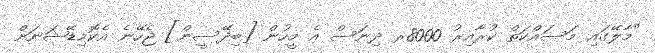
"މާލޭގައި މަސައްކަތް ކުރާއިރު 8000ރ ދިނަސް އެ މީހުން [ބިދޭސީން] ޖެހޭނެ އެކޮމިޑޭޝަނަށް